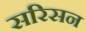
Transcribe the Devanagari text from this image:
सरिसन